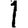
Digit: 1